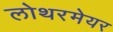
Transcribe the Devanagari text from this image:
लोथरमेयर